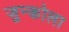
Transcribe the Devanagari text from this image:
जुन्कोला